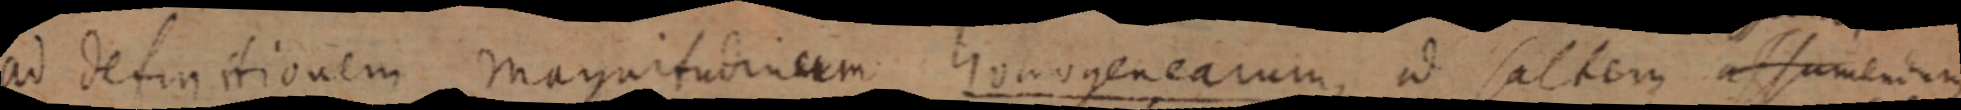
ad definitionem magnitudinem homogenearum, ad salteru assumendum